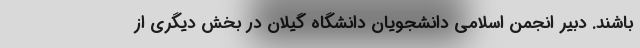
باشند. دبیر انجمن اسلامی دانشجویان دانشگاه گیلان در بخش دیگری از